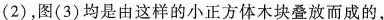
(2),图(3)均是由这样的小正方体木块叠放而成的，